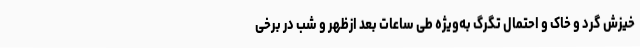
خیزش گرد و خاک و احتمال تگرگ به‌ویژه طی ساعات بعد ازظهر و شب در برخی